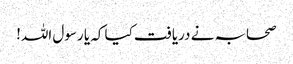
صحابہ نے دریافت کیا کہ یا رسول اللہ!